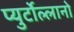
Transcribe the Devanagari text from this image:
प्युर्टोल्लानो